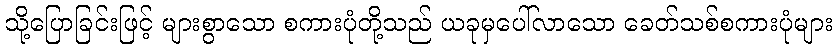
သို့ပြောခြင်းဖြင့် များစွာသော စကားပုံတို့သည် ယခုမှပေါ်လာသော ခေတ်သစ်စကားပုံများ